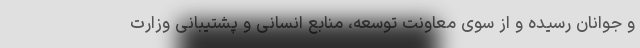
و جوانان رسیده و از سوی معاونت توسعه، منابع انسانی و پشتیبانی وزارت